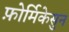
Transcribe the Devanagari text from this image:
फ़ोर्मिकेसुन